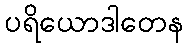
ပရိယောဒါတေန